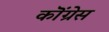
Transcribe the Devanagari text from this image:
कॊंग्रेस